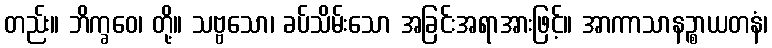
တည်း။ ဘိက္ခဝေ၊ တို့။ သဗ္ဗသော၊ ခပ်သိမ်းသော အခြင်းအရာအားဖြင့်။ အာကာသာနဉ္စာယတနံ၊